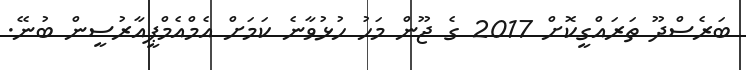
ބަރެސްދޫ ތަރައްގީކޮށް 2017 ގެ ޖޫން މަހު ހުޅުވާނެ ކަމަށް އެމްއެމްޕީއާރުސީން ބުނޭ.